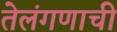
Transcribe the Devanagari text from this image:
तेलंगणाची